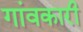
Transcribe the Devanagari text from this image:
गांवकारी